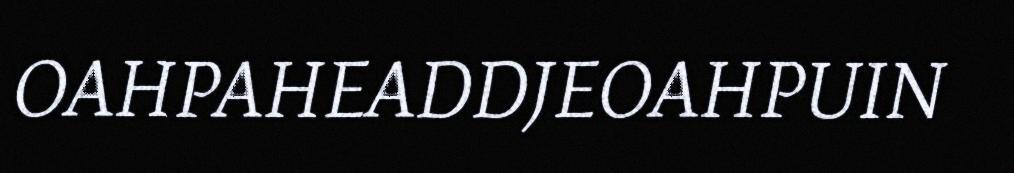
OAHPAHEADDJEOAHPUIN